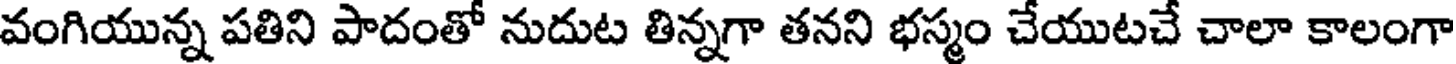
వంగియున్న పతిని పాదంతో నుదుట తిన్నగా తనని భస్మం చేయుటచే చాలా కాలంగా